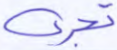
تجري